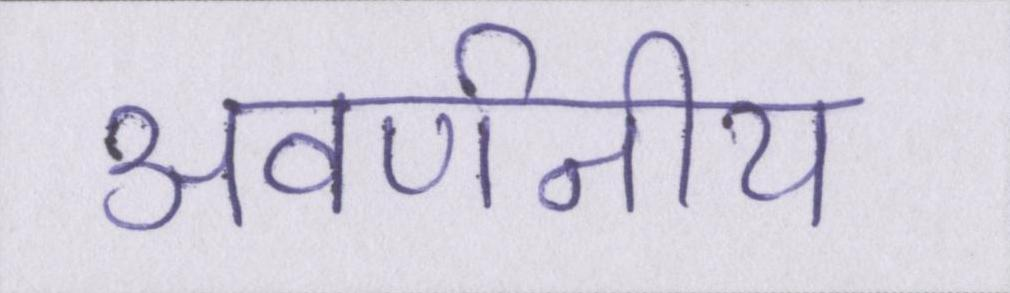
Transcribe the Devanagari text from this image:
अवर्णनीय